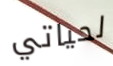
لحياتي